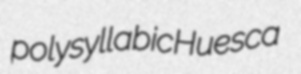
polysyllabic Huesca